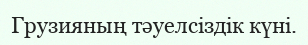
Грузияның тәуелсіздік күні.